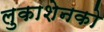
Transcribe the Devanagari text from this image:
लुकाशेनको